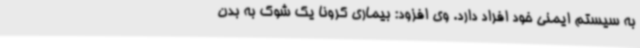
به سیستم ایمنی خود افراد دارد. وی افزود: بیماری کرونا یک شوک به بدن